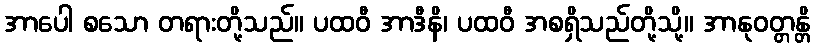
အာပေါ စသော တရားတို့သည်။ ပထဝီ အာဒီနိ၊ ပထဝီ အစရှိသည်တို့သို့။ အာနုဝတ္တန္တိ